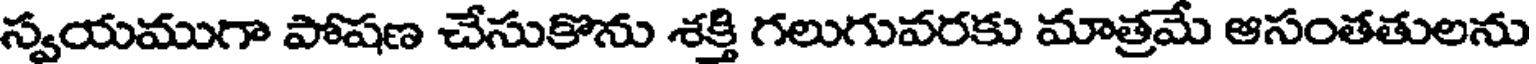
స్వయముగా పోషణ చేసుకొను శక్తి గలుగువరకు మాత్రమే ఆసంతతులను